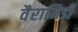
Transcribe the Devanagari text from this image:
वैरानिडी